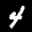
Label: 4